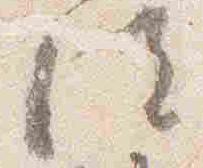
位